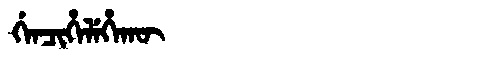
Manchu: ᡤᡝᠨᠴᡳᡥᡝᠯᡝᡥᠠᡴᡡ
Romanization: GENCIHELEHAKŪ